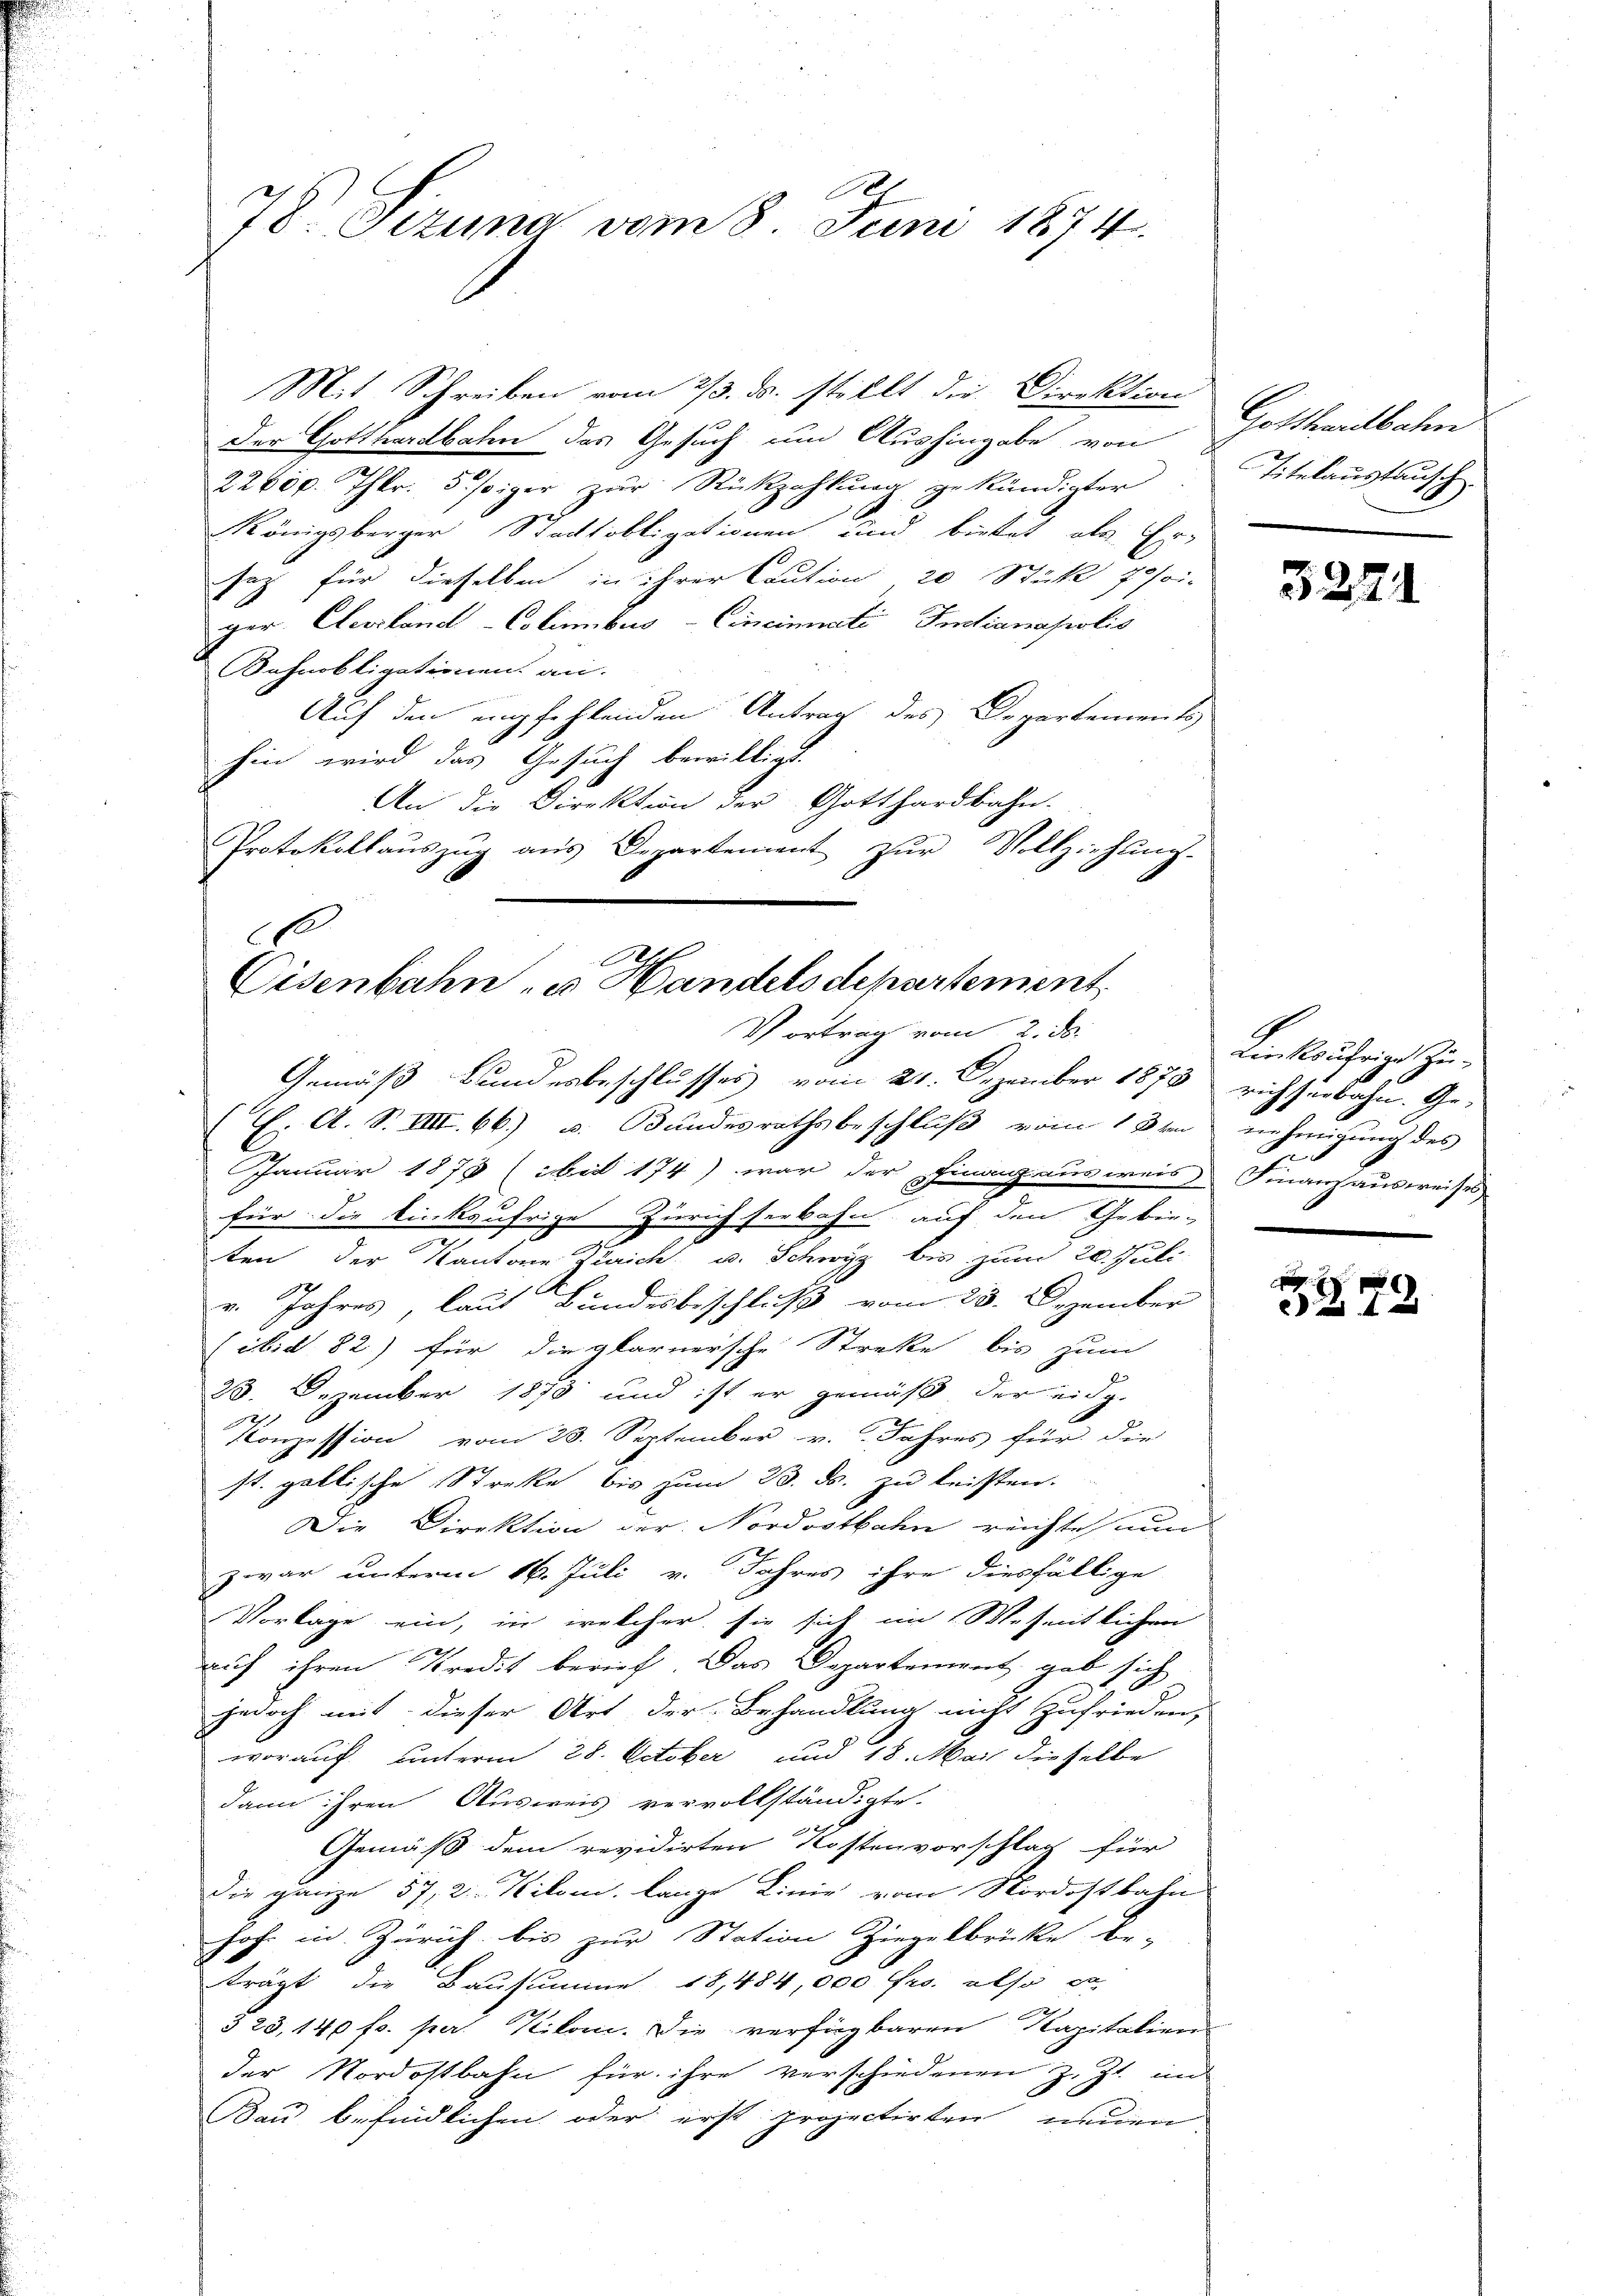
10
78. Sezuna vom 8. Juni 1874.

Mit Schreiben vom 2/3. ds. stellt die Direktion
Der Gotthardbahn das Gesuch um Aushingabe von
22600. Thlr. 5 siger zŭr Rückzahlŭng zu kändigter
Königsberger Stacksobligationen und bietet, als Er-
satz für dieselben in ihrer Caution 20 Stück Josoi-
ger. Cleverland-Colimibus-Cincinati Indianapolis
Bahnobligationen an.
Auf den empfehlenden Antrag des Departements
hin wird das Gesuch bewilligt.
An die Direktion der Gotthardbahn-
Protokollauszug aus Departement zur Vollziehung.

C
e
Cisenbahn- u. Handelsdepartement
Vortrag vom 2. ds.

Gotthardbahn
Titelaustausch

Gemäß Bundesbeschlusses vom 21. Dezember 1873 richterbahn. Ge-
(E. A. S. VIII. 66) u. Bundesrathsbeschluß vom 18ten nehmigung des
Januar 1878 (bis 174) war der Finanzausweis Finanzausweises
für die linksufrige Zürich serbahn auf den Gebie-
ten der Kantone Zürich, u. Schwyz bis zum 20. Juli.
v. Jahres, laut Bundesbeschluß vom 23. Dezember
(ibid 82) für die glarnersche Strecke bis zum
23. Dezember 1878 und ist er gemäß der eidg.
2
Konzession vom 23. September v. Jahres für die
st. gallische Streke bis zum 23. ds. zu leisten.
Die Direktion der Nordostbahn reichte nun
zwar unterm 16. Juli v. Jahres ihre diesfällige
Vorlage ein, in welcher sie sich im Weseitlichen
auf ihren Kredit berief. Das Departement gab sich
jedoch mit dieser Art der Behandlung nicht zufrieden,
worauf unterm 28. October und 18. Mai dieselbe
dann ihren Ausweis vervollständigte.
Gemäß dem revidirten Kostenvorschlag für
Die ganze 57, 2 Kilom, lange Linie vom Nordostbahn
hof in Zürich bis zur Station Ziegelbrücke be-
trägt die Bausumme 18,484,000 frs. also da
323, 140 fr. per. Kilom. Die verfügbaren Kapitalien
der Nordostbahn für ihre verschiedenen z. Zt. in
Bau befindlichen oder erst projectirten neuen

3271

Linkaufrige Zu¬
.

a